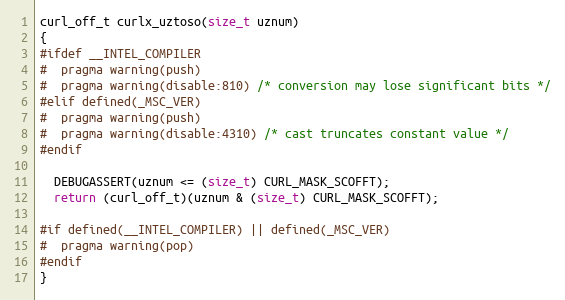
Language: C
curl_off_t curlx_uztoso(size_t uznum)
{
#ifdef __INTEL_COMPILER
#  pragma warning(push)
#  pragma warning(disable:810) /* conversion may lose significant bits */
#elif defined(_MSC_VER)
#  pragma warning(push)
#  pragma warning(disable:4310) /* cast truncates constant value */
#endif

  DEBUGASSERT(uznum <= (size_t) CURL_MASK_SCOFFT);
  return (curl_off_t)(uznum & (size_t) CURL_MASK_SCOFFT);

#if defined(__INTEL_COMPILER) || defined(_MSC_VER)
#  pragma warning(pop)
#endif
}